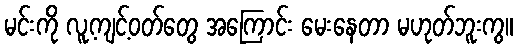
မင်းကို လူ့ကျင့်ဝတ်တွေ အကြောင်း မေးနေတာ မဟုတ်ဘူးကွ။